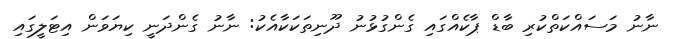
ނާނު މަސައްކަތްކުރި ބާޑް ޕާކެއްގައި ގެންގުޅުނު ދޫނިތަކަކާއެކު: ނާނު ގެންދަނީ ކިޔަވަން އިޓަލީގައި